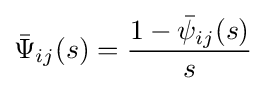
{\bar {\Psi }}_{ij}(s)={\frac {1-{\bar {\psi }}_{ij}(s)}{s}}